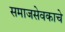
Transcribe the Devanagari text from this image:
समाजसेवकाचे